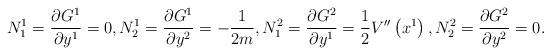
LaTeX: \begin{align*}N_1^1=\frac{\partial G^1}{\partial y^1}=0, N^1_2=\frac{\partial G^1}{\partial y^2}=-\frac{1}{2m},N^2_1=\frac{\partial G^2}{\partial y^1}=\frac{1}{2}V^{\prime \prime }\left(x^1\right), N_2^2=\frac{\partial G^2}{\partial y^2}=0.\end{align*}